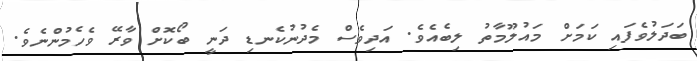
ބަދަލުވެފައި ކަމަށް މައުލޫމާތު ލިބެއެވެ. އަދިވެސް މެދުނުކެނޑި ދަނީ ބޯކޮށް ވާރޭ ވެހެމުންނެވެ.